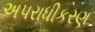
અપરાધીકરણ